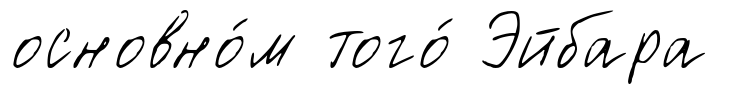
основно́м того́ Эйбара